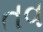
તવ